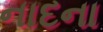
નાદના